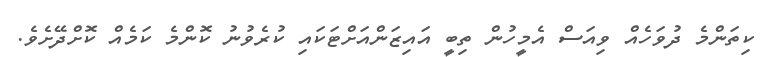
ކިތަންމެ ދުވަހެއް ވިއަސް އެމީހުން ތިބީ އައިޒަންއަށްޓަކައި ކުރެވުނު ކޮންމެ ކަމެއް ކޮށްދޭށެވެ.